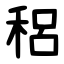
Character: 稆